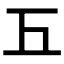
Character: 𢀑